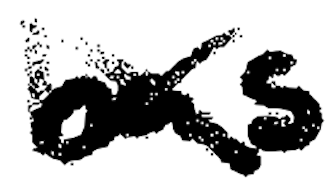
Text: has
Cross-out: cross
Writing tool: digital_black